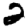
Digit: 2